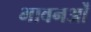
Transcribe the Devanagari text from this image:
भावनओं